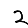
Digit: 2